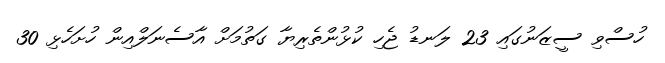
ހުސްވި ސީޒަނުގައި 23 ލަނޑު ޖެހި ކުޅުންތެރިޔާ ގަތުމަށް އާސެނަލްއިން ހުށަހެޅި 30